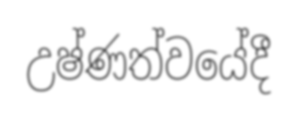
උෂ්ණත්වයේදී